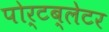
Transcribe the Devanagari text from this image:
पोर्टब्लेटर